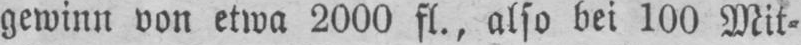
gewinn von etwa 2000 fl., also bei 100 Mit⸗